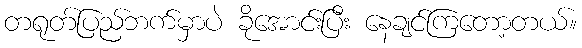
တရုတ်ပြည်ဘက်မှာပဲ ခိုအောင်းပြီး နေချင်ကြတော့တယ်။